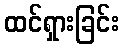
ထင်ရှားခြင်း